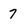
Character: 7